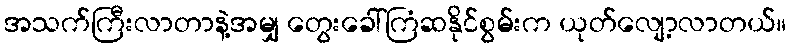
အသက်ကြီးလာတာနဲ့အမျှ တွေးခေါ်ကြံဆနိုင်စွမ်းက ယုတ်လျော့လာတယ်။